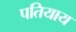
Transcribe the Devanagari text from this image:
पतियाय